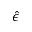
\hat { \epsilon }